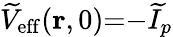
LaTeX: \widetilde{V}_{\mathrm{eff}}(\mathbf{r},0){=}{-}\widetilde{I}_{p}